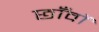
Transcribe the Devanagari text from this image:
छाँवों